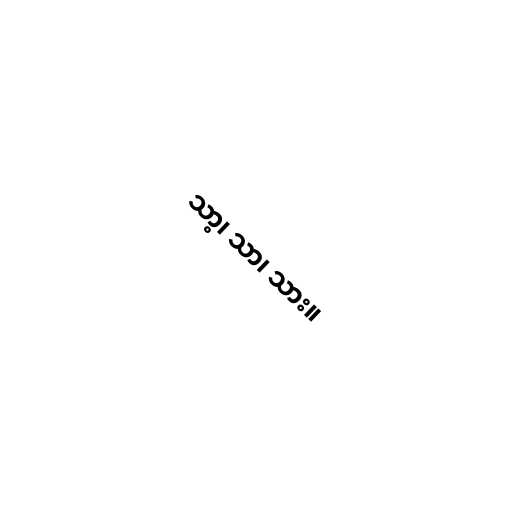
သာ့၊ သာ၊ သား။